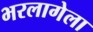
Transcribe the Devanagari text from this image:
भरलागेला